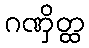
ဂဏှိတ္ထ